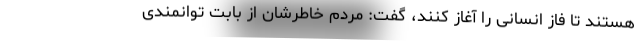
هستند تا فاز انسانی را آغاز کنند، گفت: مردم خاطرشان از بابت توانمندی